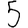
Digit: 5